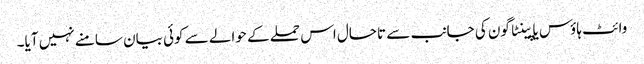
وائٹ ہاؤس یا پینٹاگون کی جانب سے تاحال اس حملے کے حوالے سے کوئی بیان سامنے نہیں آیا۔